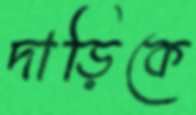
দাড়িকে